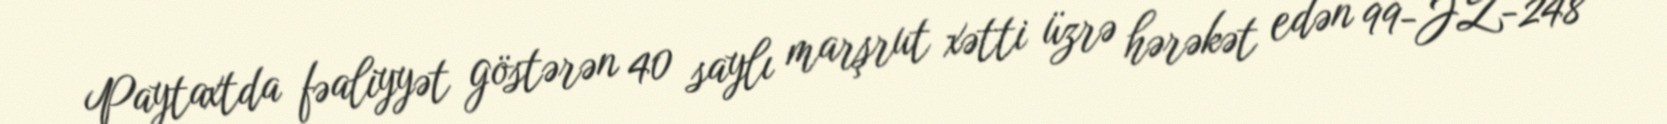
Paytaxtda fəaliyyət göstərən 40 saylı marşrut xətti üzrə hərəkət edən 99-JZ-248